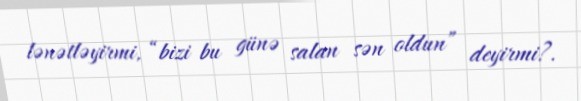
lənətləyirmi, “bizi bu günə salan sən oldun” deyirmi?.